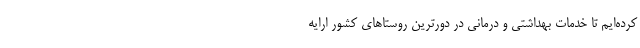
کرده‌ایم تا خدمات بهداشتی و درمانی در دورترین روستاهای کشور ارایه